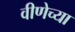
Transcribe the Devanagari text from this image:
वीणेच्या